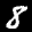
Label: 8